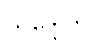
သဒ္ဒေါတိ